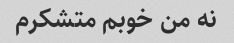
نه من خوبم متشکرم